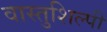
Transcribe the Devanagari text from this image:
वास्‍तुशिल्‍पी